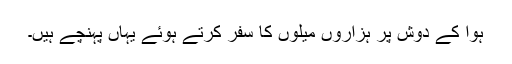
ہوا کے دوش پر ہزاروں میلوں کا سفر کرتے ہوئے یہاں پہنچے ہیں۔